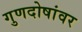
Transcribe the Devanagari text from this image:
गुणदोषांवर